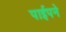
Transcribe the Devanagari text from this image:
पाईपने